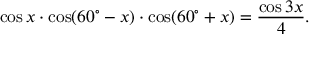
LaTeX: \cos x \cdot \cos ( 6 0 ^ { \circ } - x ) \cdot \cos ( 6 0 ^ { \circ } + x ) = { \frac { \cos 3 x } { 4 } } .